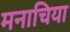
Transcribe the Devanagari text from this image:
मनाचिया